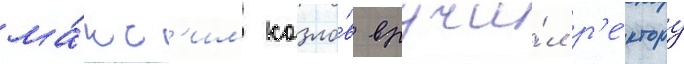
ма́кс'им козло́в вручи́л р'е́ктору